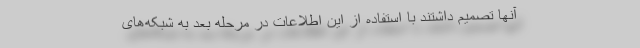
آنها تصمیم داشتند با استفاده از این اطلاعات در مرحله بعد به شبکه‌های